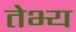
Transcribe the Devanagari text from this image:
तेभ्य